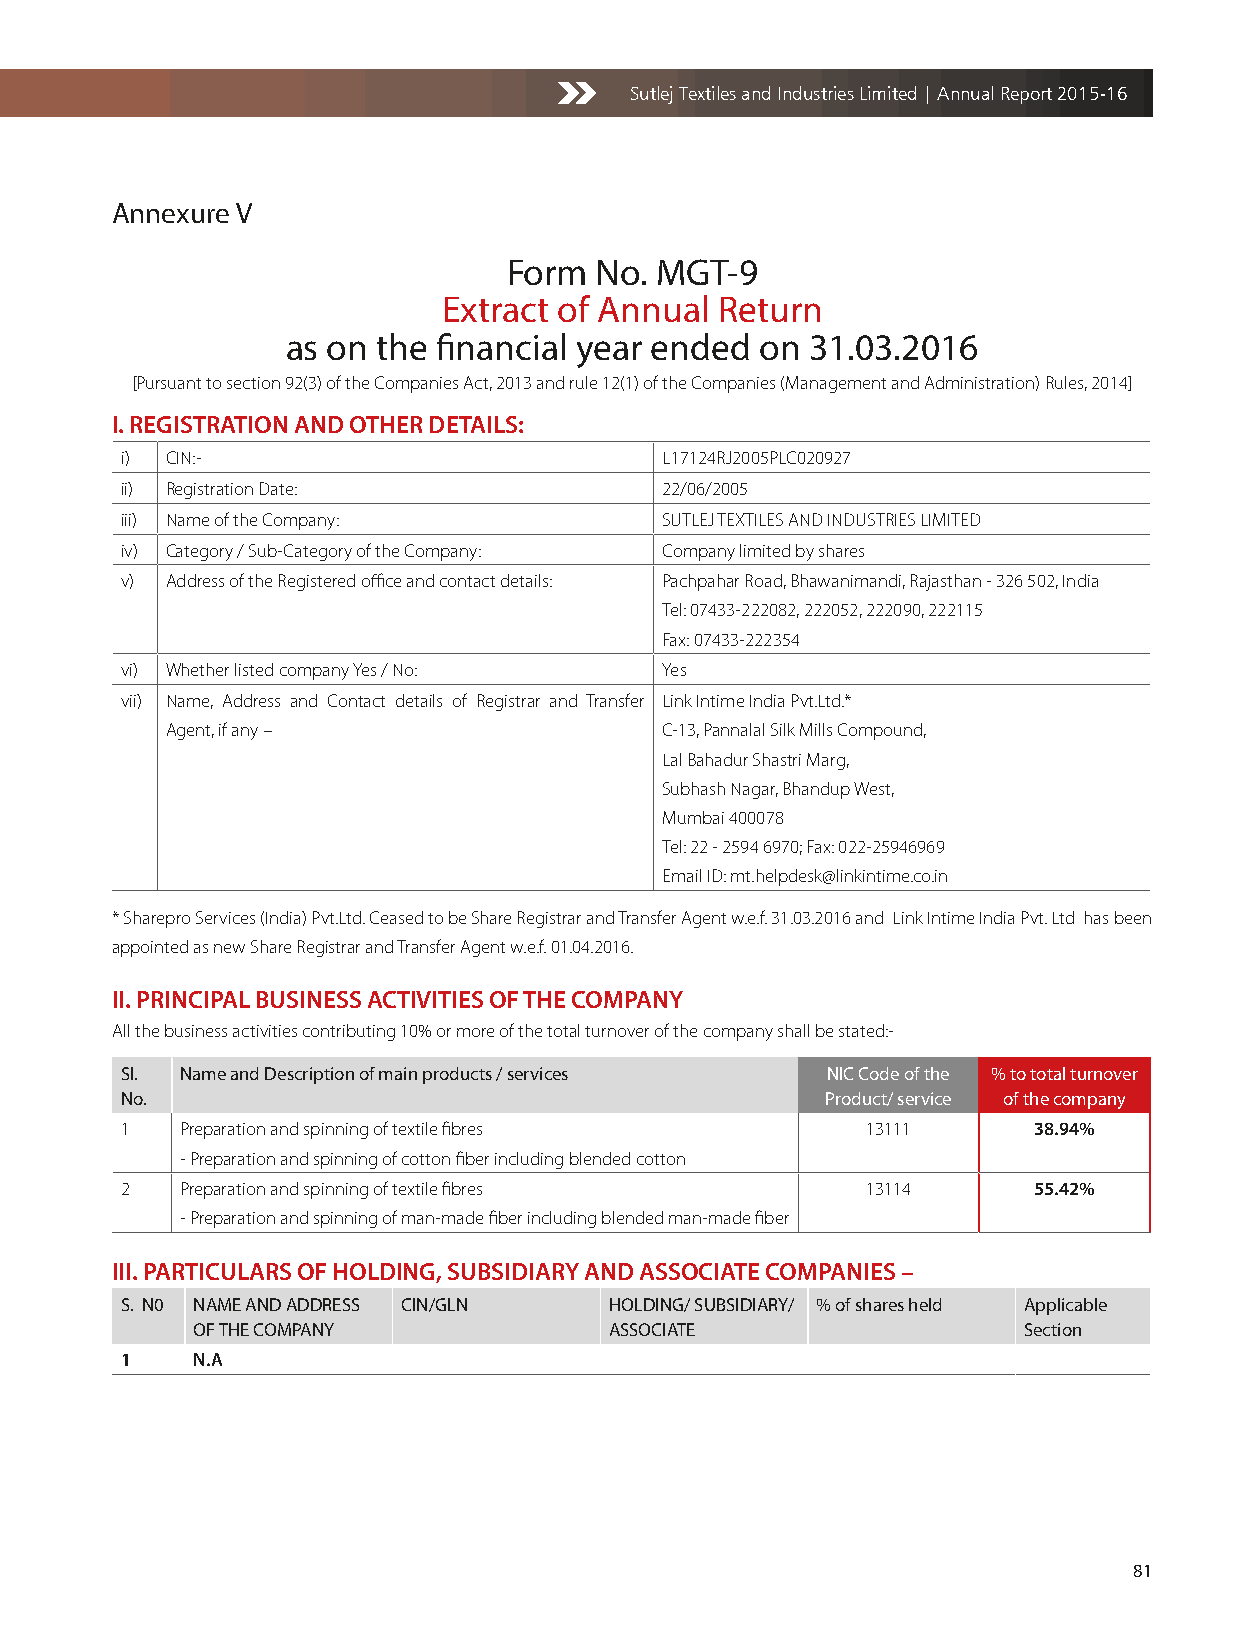
Sutlej Textiles and Industries Limited | Annual Report 2015-16
 Annexure V
 Form No. MGT-9
 Extract of Annual Return
 as on the financial year ended on  31.03.2016
 [Pursuant to section 92(3) of the Companies Act, 2013 and rule 12(1) of the Companies (Management and Administration) Rules, 2014]
 I. REGISTRATION AND OTHER DETAILS:
 i) CIN:-                            L17124RJ2005PLC020927
 ii) Registration Date:              22/06/2005
 iii) Name of the Company:           SUTLEJ TEXTILES AND INDUSTRIES LIMITED
 iv) Category / Sub-Category of the Company: Company limited by shares
 v) Address of the Registered office and contact details: Pachpahar Road, Bhawanimandi, Rajasthan - 326 502, India
 Tel: 07433-222082, 222052, 222090, 222115
 Fax: 07433-222354
 vi) Whether listed company Yes / No: Yes
 vii) Name, Address and Contact details of Registrar and Transfer Link Intime India Pvt.Ltd.*
 Agent, if any –                  C-13, Pannalal Silk Mills Compound,
 Lal Bahadur Shastri Marg,
 Subhash Nagar, Bhandup West,
 Mumbai 400078
 Tel: 22 - 2594 6970; Fax: 022-25946969
 Email ID: mt.helpdesk@linkintime.co.in
 * Sharepro Services (India) Pvt.Ltd. Ceased to be Share Registrar and Transfer Agent w.e.f. 31.03.2016 and Link Intime India Pvt. Ltd has been
 appointed as new Share Registrar and Transfer Agent w.e.f. 01.04.2016.
 II. PRINCIPAL BUSINESS ACTIVITIES OF THE COMPANY
 All the business activities contributing 10% or more of the total turnover of the company shall be stated:-
 Sl. Name and Description of main products / services NIC Code of the % to total turnover
 No.                                            Product/ service of the company
 1   Preparation and spinning of textile fibres   13111      38.94%
 - Preparation and spinning of cotton fiber including blended cotton
 2   Preparation and spinning of textile fibres   13114      55.42%
 - Preparation and spinning of man-made fiber including blended man-made fiber
 III. PARTICULARS OF HOLDING, SUBSIDIARY AND ASSOCIATE COMPANIES –
 S. N0 NAME AND ADDRESS CIN/GLN  HOLDING/ SUBSIDIARY/ % of shares held Applicable
 OF THE COMPANY             ASSOCIATE                   Section
 1    N.A
 81